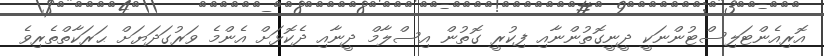
އޮރިއެންޓަލިސްޓުންނަކީ ދީނީގޮތުންނާއި ފިކުރީ ގޮތުން އިސްލާމް ދީނާއި ދެކޮޅަށް އެންމެ ވަރުގަދަޔަށް ޙަރަކާތްތެރިވެ